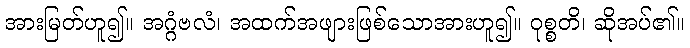
အားမြတ်ဟူ၍။ အဂ္ဂံဗလံ၊ အထက်အဖျားဖြစ်သောအားဟူ၍။ ဝုစ္စတိ၊ ဆိုအပ်၏။